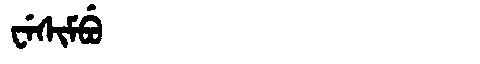
Manchu: ᠸᡝᠰᡳᠮᠪᡠ
Romanization: WESIMBU